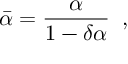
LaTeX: \bar { \alpha } = \frac { \alpha } { 1 - \delta \alpha } \; \; ,